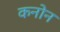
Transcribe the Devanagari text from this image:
कनोन